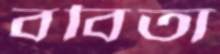
ববিতা